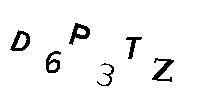
D6P3TZ